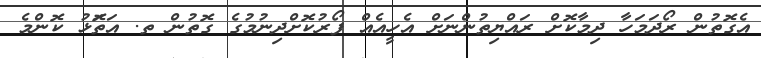
އެގޮތުން ރޯދަމަހާ ދިމާކޮށް ރައްޔިތުންނަށް އެހީއެއް ފޯރުކޮށްދިނުމުގެ ގޮތުން ތ. އަތަޮޅު ކޮންމެ